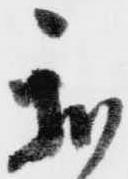
我